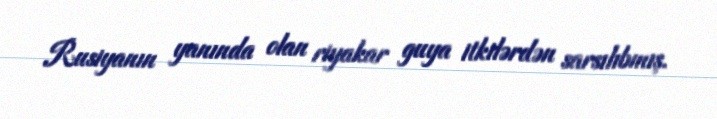
Rusiyanın yanında olan riyakar guya itkilərdən sarsılıbmış.